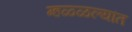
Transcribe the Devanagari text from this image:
म्हळ्ळल्यांत